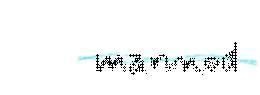
mannod